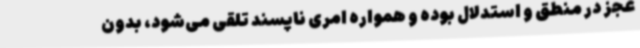
عجز در منطق و استدلال بوده و همواره امری ناپسند تلقی می‌شود، بدون